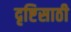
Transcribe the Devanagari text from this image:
दृष्टिसाठी